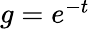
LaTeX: \begin{array}{r}{g=e^{-t}}\end{array}